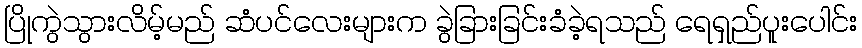
ပြိုကွဲသွားလိမ့်မည် ဆံပင်လေးများက ခွဲခြားခြင်းခံခဲ့ရသည် ရေရှည်ပူးပေါင်း